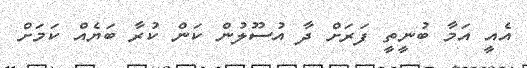
އެއީ އަމާ ބުނީތީ ފަރަށް ދާ އުސޫލުން ކަން ކުރާ ބަޔެއް ކަމަށް